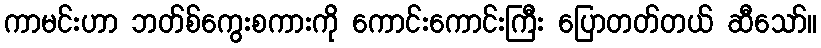
ကာမင်းဟာ ဘတ်စ်ကွေးစကားကို ကောင်းကောင်းကြီး ပြောတတ်တယ် ဆီသော်။